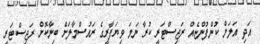
އަދި އަލަށް ކުންފުންޏެއް ރަޖިސްޓަރީ ކުރާ ނަމަ ވިޔަފާރީގެ ރައުސްމާލަށް ބިނާކޮށް ރަޖިސްޓަރީ